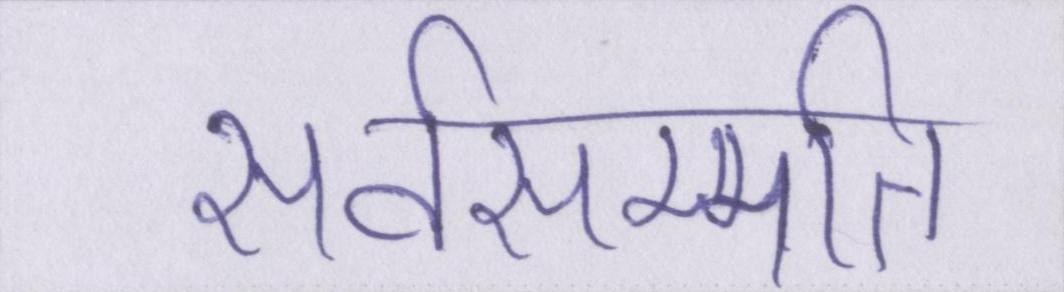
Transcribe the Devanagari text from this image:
सर्वसम्मति